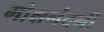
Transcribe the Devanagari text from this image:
मोक्षनंदनी